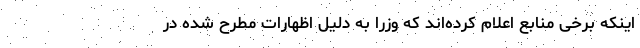
اینکه برخی منابع اعلام کرده‌اند که وزرا به دلیل اظهارات مطرح شده در